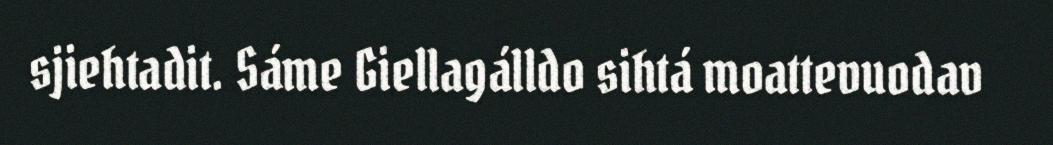
sjiehtadit. Sáme Giellagálldo sihtá moattevuodav